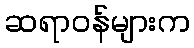
ဆရာဝန်များက